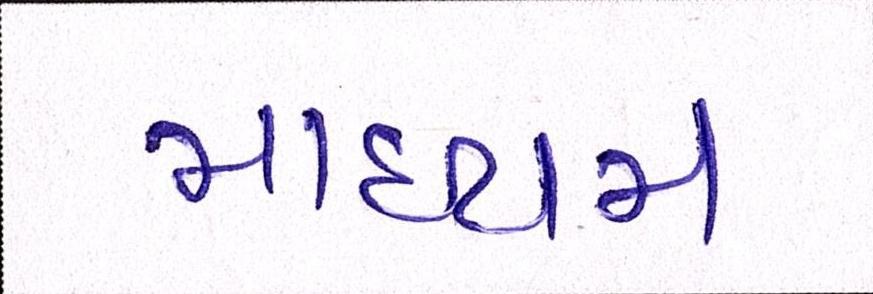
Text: માધ્યમ